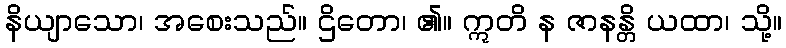
နိယျာသော၊ အစေးသည်။ ဌိတော၊ ၏။ ဣတိ န ဇာနန္တိ ယထာ၊ သို့။